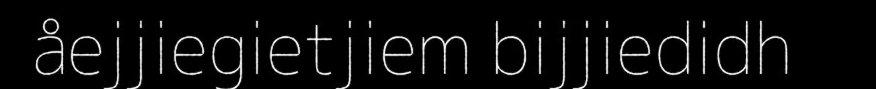
åejjiegietjiem bijjiedidh